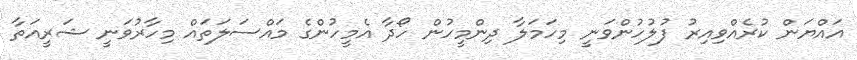
އައްޔަން ކުރެއްވިއިރު ފުލުހުންވަނީ މިހަމަލާ ދިންމީހުން ހޯދާ އެމީހުންގެ މައްސަލަތައް މިހާރުވަނީ ޝަރީއަތާ